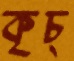
কৃচ্